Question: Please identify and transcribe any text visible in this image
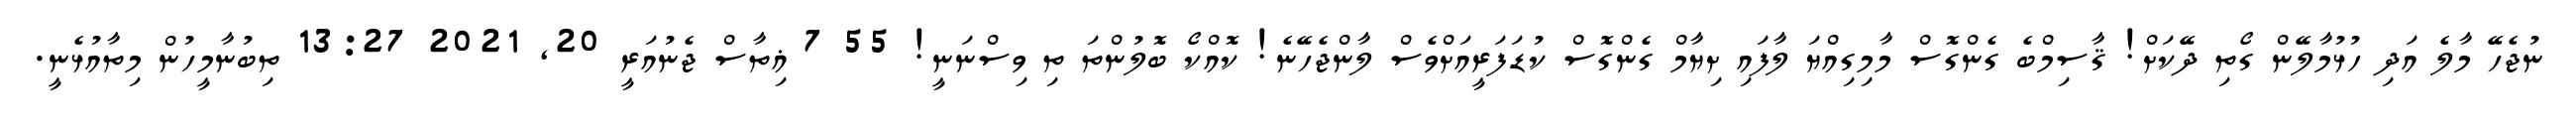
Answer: ނުޖެހޭ މާލެ އަދި ހުޅުމާލޭން ގޯތި ދޭކަށް! ޤާސިމްބެ ގެންގޮސް މާމިގިއްޔަ ލާފައި ށިޔާމް ގެންގޮސް ކުޑަފަރީއަށްވެސް ލާންޖެހޭނެ! ކޮއްކޯ ބޮލުންތަ ތި ވިސްނަނީ! 55 7 ޣިތާސް ޖެނުއަރީ 20, 2021 13:27 ތިބުނާމީހުން މިތާއުޅެނީ.